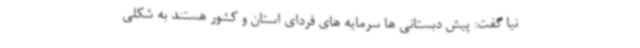
نیا گفت: پیش دبستانی ها سرمایه های فردای استان و کشور هستند به شکلی